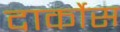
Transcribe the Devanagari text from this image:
दार्कोस